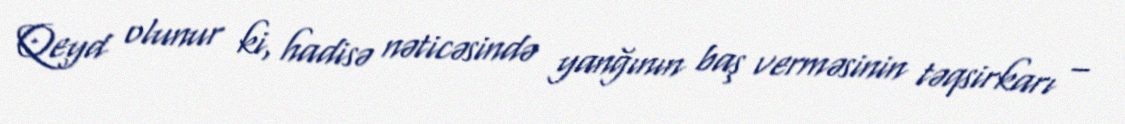
Qeyd olunur ki, hadisə nəticəsində yanğının baş verməsinin təqsirkarı –